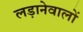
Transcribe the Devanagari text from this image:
लड़ानेवालों